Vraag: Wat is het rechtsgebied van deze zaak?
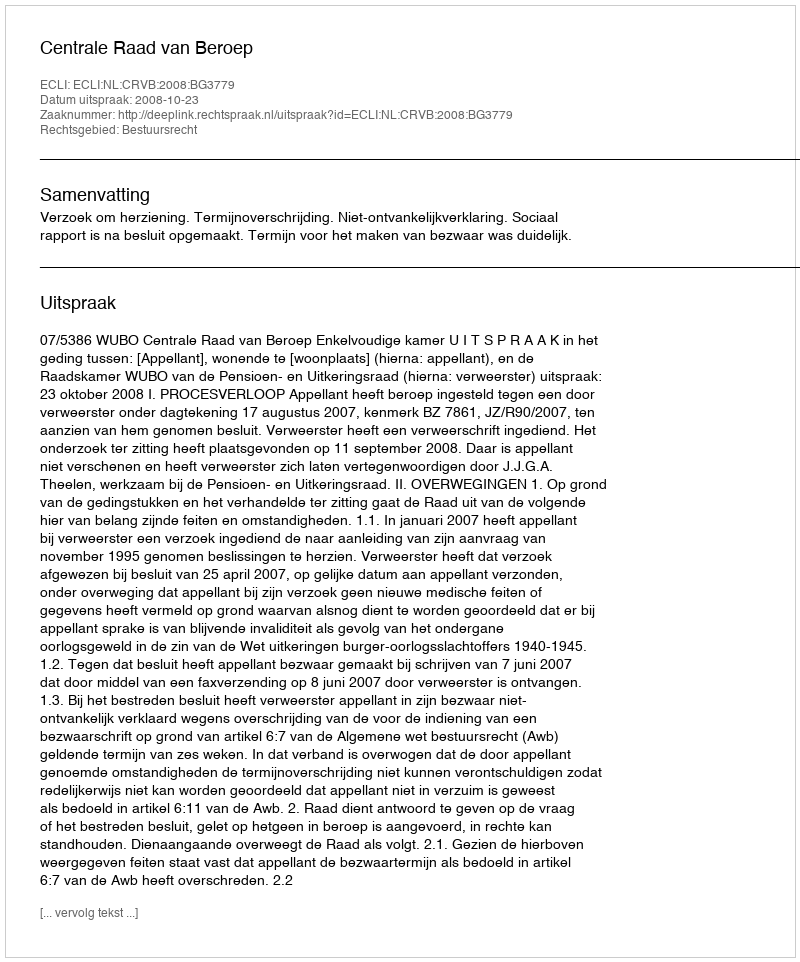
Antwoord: Bestuursrecht